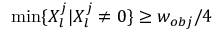
\operatorname* { m i n } \{ X _ { l } ^ { j } | X _ { l } ^ { j } \neq 0 \} \ge w _ { o b j } / 4